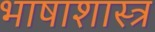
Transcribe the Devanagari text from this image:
भाषाशास्‍त्र